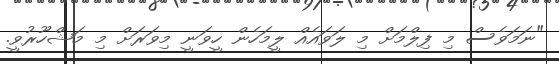
"ނަމަވެސް މި ފިލްމަށް މި ލަވައެއް ލީމަހެން ހީވަނީ މިވަރަށް މި މަޝްހޫރުވީ.